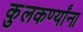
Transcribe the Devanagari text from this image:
कुलकर्ण्यांना